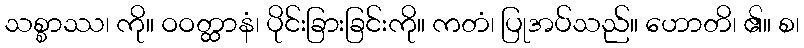
သစ္စာဿ၊ ကို။ ဝဝတ္ထာနံ၊ ပိုင်းခြားခြင်းကို။ ကတံ၊ ပြုအပ်သည်။ ဟောတိ၊ ၏။ စ၊